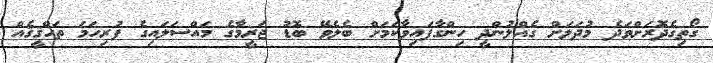
ގޯތިގެދޮރަށްވަދެ މުދަލަށް ގެއްލުންދީ ހިންގާފައިވާކަމަށް ބެލެވޭ ބޮޑު ޖަރީމާގެ މައްސަލައިގެ ފުރިހަމަ ތަހްޤީޤެއް